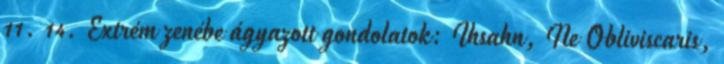
11. 14. Extrém zenébe ágyazott gondolatok: Ihsahn, Ne Obliviscaris,